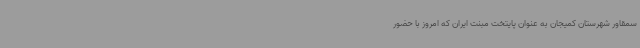
سمقاور شهرستان کمیجان به عنوان پایتخت مبنت ایران که امروز با حضور